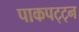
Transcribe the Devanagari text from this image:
पाकपट्ट्न